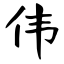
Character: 伟